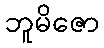
ဘူမိဇော